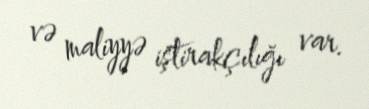
və maliyyə iştirakçılığı var.